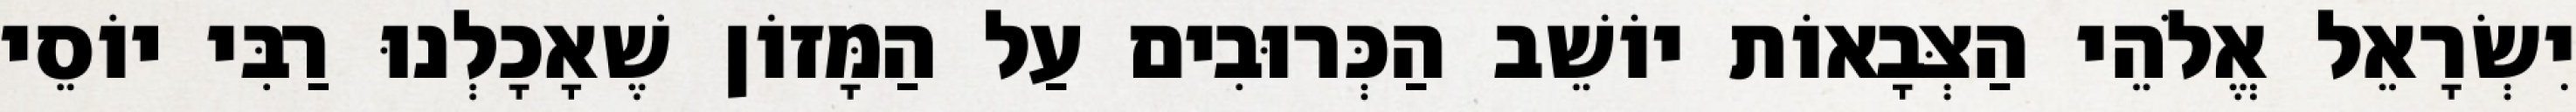
יִשְׂרָאֵל אֱלֹהֵי הַצְּבָאוֹת יוֹשֵׁב הַכְּרוּבִים עַל הַמָּזוֹן שֶׁאָכָלְנוּ רַבִּי יוֹסֵי